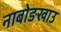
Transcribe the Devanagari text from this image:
नाबोङखाउ